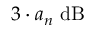
3 \cdot a _ { n } \ \mathrm { d B }